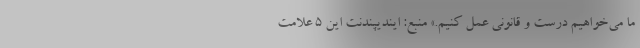
ما می‌خواهیم درست و قانونی عمل کنیم.» منبع: ایندیپندنت این 5 علامت